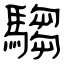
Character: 騶